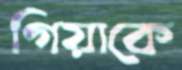
গিয়াকে